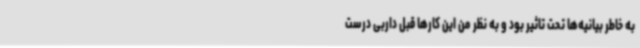
به خاطر بیانیه‌ها تحت تاثیر بود و به نظر من این کارها قبل داربی درست